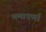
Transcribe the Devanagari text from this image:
ममापर्णा